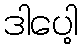
ဒါပေါ့